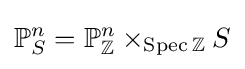
\mathbb {P} _{S}^{n}=\mathbb {P} _{\mathbb {Z} }^{n}\times _{\operatorname {Spec} \mathbb {Z} }S